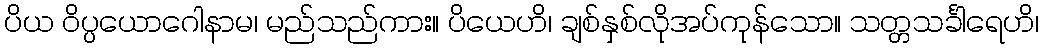
ပိယ ဝိပ္ပယောဂေါနာမ၊ မည်သည်ကား။ ပိယေဟိ၊ ချစ်နှစ်လိုအပ်ကုန်သော။ သတ္တသင်္ခါရေဟိ၊